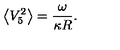
\left< V _ { 5 } ^ { 2 } \right> = \frac { \omega } { \kappa R } .